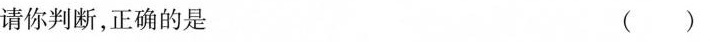
请你判断，正确的是 ( )